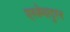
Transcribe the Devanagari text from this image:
एस्त्रेमादुरन